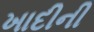
ખાદીની